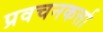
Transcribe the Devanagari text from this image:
प्रवचनकर्त्ता